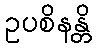
ဥပစိနန္တိ